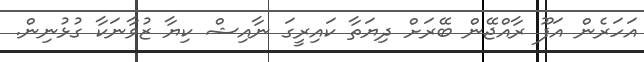
އަހަރެން އަފޫ ރާއްޖޭން ބޭރަށް ދިޔަތާ ކައިރީގަ ނާއިޝް ކިޔާ ޒުވާނަކާ ގުޅުނިން.